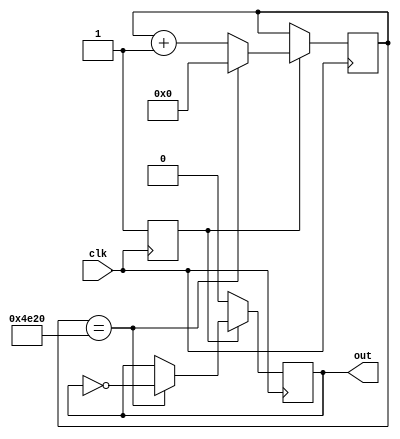
`timescale 1ns / 1ps
//in:10ns
//out:2ms

module clock_divider(
    input      clk,
    output reg out
    );
    reg [15:0] cnt = 0;
    reg tag = 1'b0;
    always @ (posedge clk) begin
        if(tag == 1'b0) begin
            out = 1'b0;
            tag = 1'b1;
        end
        else begin
            if(cnt == 20_000) begin
                out = ~out;
                cnt = 0;
            end
            else begin
                cnt = cnt+1'b1;
            end
        end
    end
endmodule